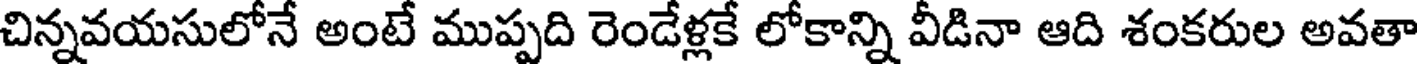
చిన్నవయసులోనే అంటే ముప్పది రెండేళ్లకే లోకాన్ని వీడినా ఆది శంకరుల అవతా